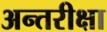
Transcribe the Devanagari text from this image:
अन्तरीक्षा